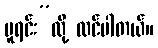
မူရင်း”လို့ ထင်ပါတယ်။